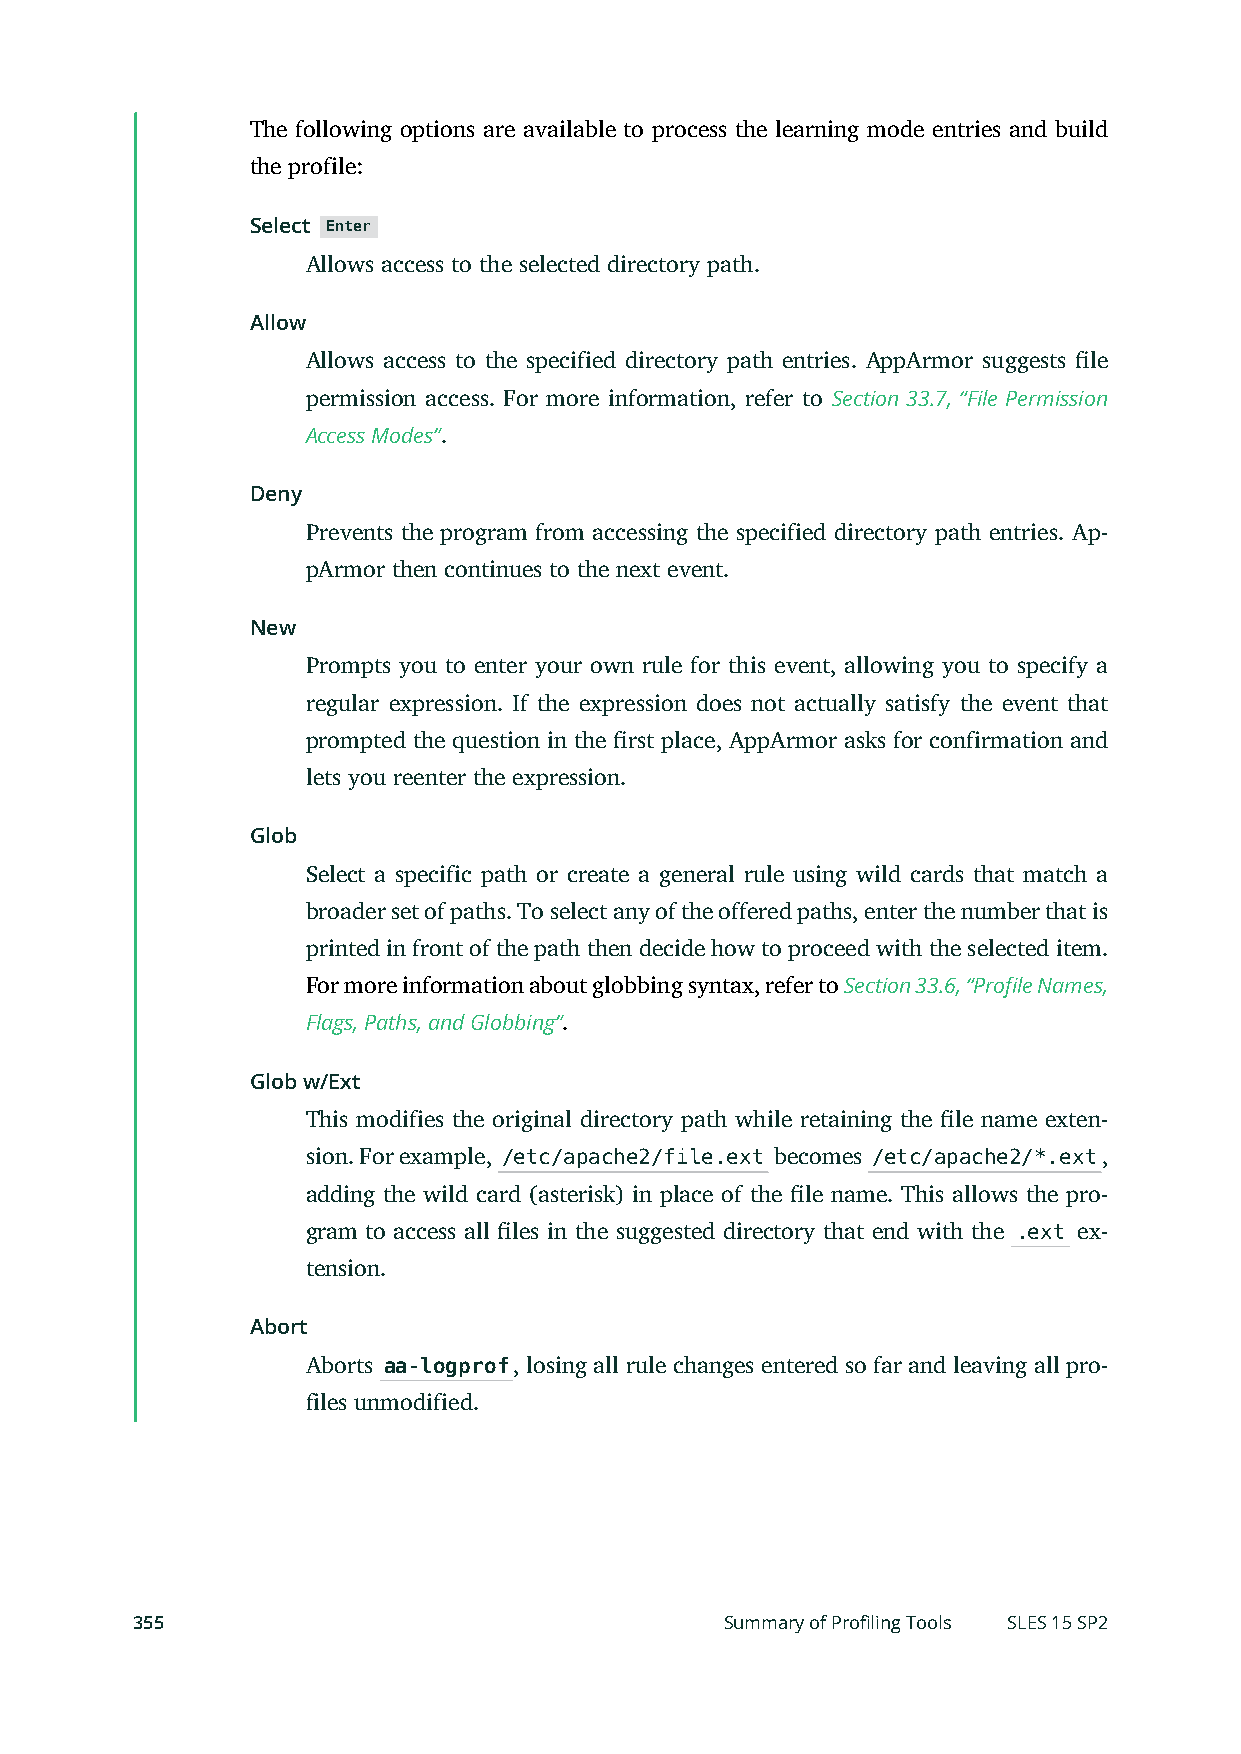
The following options are available to process the learning mode entries and build
 the profile:
 Select Enter
 Allows access to the selected directory path.
 Allow
 Allows access to the specified directory path entries. AppArmor suggests le
 permission access. For more information, refer to Section 33.7, “File Permission
 Access Modes”.
 Deny
 Prevents the program from accessing the specified directory path entries. Ap-
 pArmor then continues to the next event.
 New
 Prompts you to enter your own rule for this event, allowing you to specify a
 regular expression. If the expression does not actually satisfy the event that
 prompted the question in the rst place, AppArmor asks for confirmation and
 lets you reenter the expression.
 Glob
 Select a specific path or create a general rule using wild cards that match a
 broader set of paths. To select any of the offered paths, enter the number that is
 printed in front of the path then decide how to proceed with the selected item.
 For more information about globbing syntax, refer to Section 33.6, “Profile Names,
 Flags, Paths, and Globbing”.
 Glob w/Ext
 This modifies the original directory path while retaining the le name exten-
 sion. For example, /etc/apache2/file.ext becomes /etc/apache2/*.ext,
 adding the wild card (asterisk) in place of the le name. This allows the pro-
 gram to access all les in the suggested directory that end with the .ext ex-
 tension.
 Abort
 Aborts aa-logprof, losing all rule changes entered so far and leaving all pro-
 files unmodified.
 355                                    Summary of Profiling Tools SLES 15 SP2